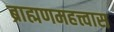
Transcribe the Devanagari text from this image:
ब्राह्मणमहत्त्वास